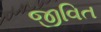
જીવિત